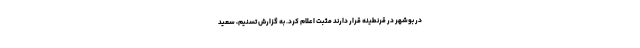
در بوشهر در قرنطینه قرار دارند مثبت اعلام کرد. به گزارش تسنیم، سعید